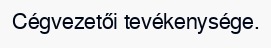
Cégvezetői tevékenysége.